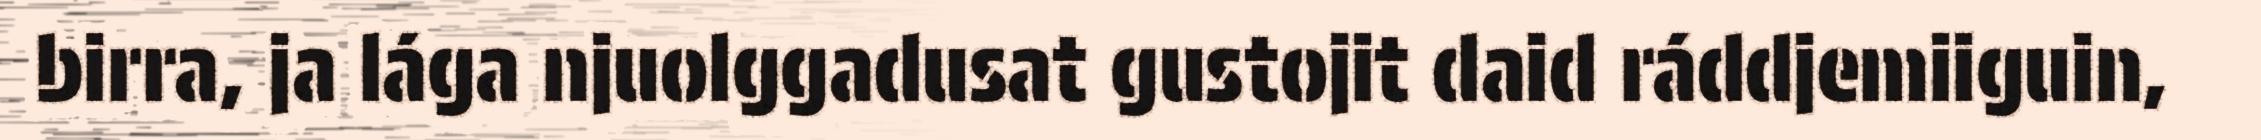
birra, ja lága njuolggadusat gustojit daid ráddjemiiguin,